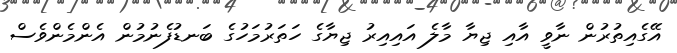
އޭގެއިތުރުން ނާވީ އާއި ޖިޔާ މާލެ އައިއިރު ޖިޔާގެ ހަތަރުމަހުގެ ބަނޑުފެނުމުން އެންމެންވެސް